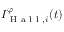
I _ { \mathrm { ~ H ~ a ~ l ~ l ~ } , i } ^ { \varphi } ( t )